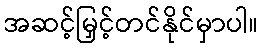
အဆင့်မြှင့်တင်နိုင်မှာပါ။